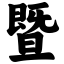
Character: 暨